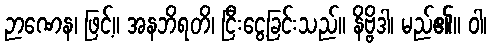
ဉာဏေန၊ ဖြင့်။ အနဘိရတိ၊ ငြီးငွေ့ခြင်းသည်။ နိဗ္ဗိဒါ၊ မည်၏။ ဝါ၊